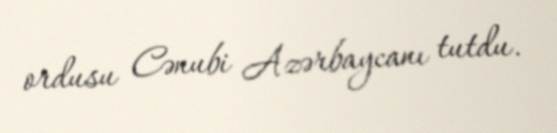
ordusu Cənubi Azərbaycanı tutdu.